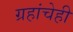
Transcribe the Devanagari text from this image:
ग्रहांचेही